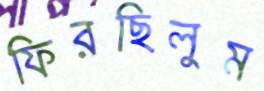
ফিরছিলুম